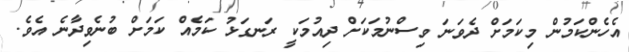
އެހެންކަމުން މިކަމަށް ދެވަނަ ވިސްނުމަކަށް ދިއުމަކީ ރަނގަޅު ކަމެއް ކަމަށް ބުނެވިދާނެ އެވެ.